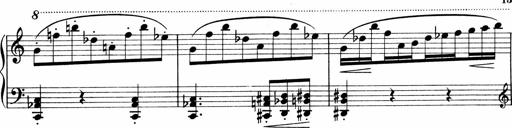
Title: Sonatina No.1
Composer: Otto Stoll
Key: C major